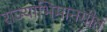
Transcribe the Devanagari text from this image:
राज्याभिमानगीत